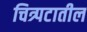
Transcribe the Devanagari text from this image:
चित्र्पटातील